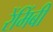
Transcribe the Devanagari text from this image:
रेंमिंबी